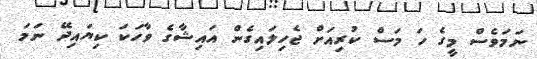
ނަމަވެސް މީގެ ހަ މަސް ކުރިއަށް ޖެހިލައިގެން އައިޝާގެ ވާހަކަ ކިޔައިދޭ ނަމަ